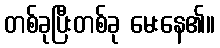
တစ်ခုပြီးတစ်ခု မေးနေ၏။